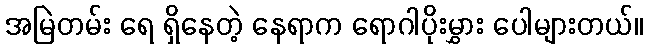
အမြဲတမ်း ရေ ရှိနေတဲ့ နေရာက ရောဂါပိုးမွှား ပေါများတယ်။